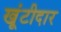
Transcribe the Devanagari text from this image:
खूंटीदार